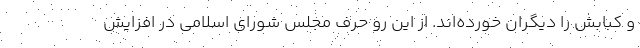
و کبابش را دیگران خورده‌اند. از این رو حرف مجلس شورای اسلامی در افزایش